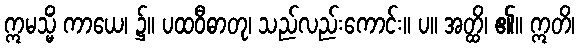
ဣမသ္မိံ ကာယေ၊ ၌။ ပထဝီဓာတု၊ သည်လည်းကောင်း။ ပ။ အတ္ထိ၊ ၏။ ဣတိ၊